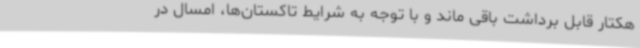
هکتار قابل برداشت باقی ماند و با توجه به شرایط تاکستان‌ها، امسال در